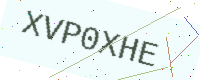
Text: XVP0XHE